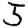
Digit: 5